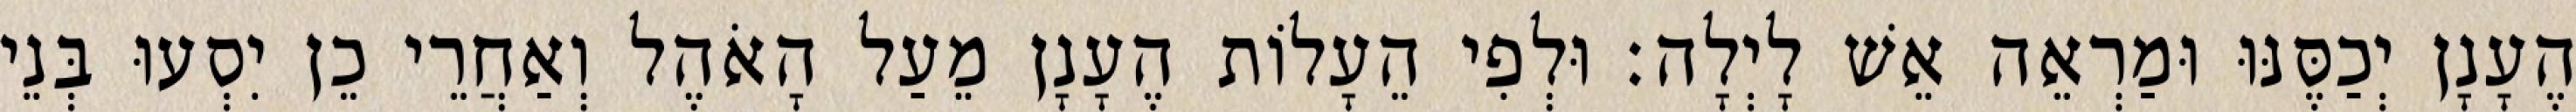
הֶעָנָן יְכַסֶּנּוּ וּמַרְאֵה אֵשׁ לָיְלָה׃ וּלְפִי הֵעָלוֹת הֶעָנָן מֵעַל הָאֹהֶל וְאַחֲרֵי כֵן יִסְעוּ בְּנֵי